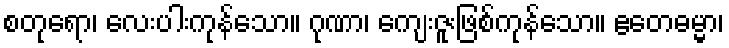
စတုရော၊ လေးပါးကုန်သော။ ဂုဏာ၊ ကျေးဇူးဖြစ်ကုန်သော။ ဧတေဓမ္မာ၊